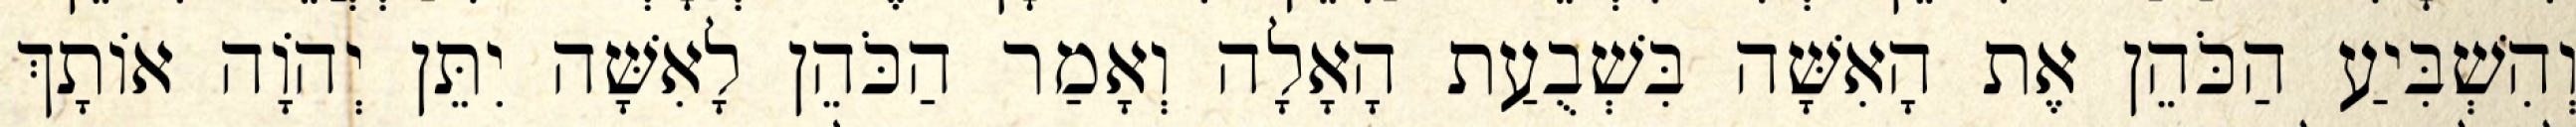
וְהִשְׁבִּיעַ הַכֹּהֵן אֶת הָאִשָּׁה בִּשְׁבֻעַת הָאָלָה וְאָמַר הַכֹּהֵן לָאִשָּׁה יִתֵּן יְהוָֹה אוֹתָךְ